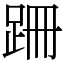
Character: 跚